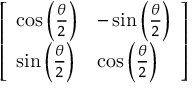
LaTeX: \left[ \begin{array} { l l } { \cos \left( { \frac { \theta } { 2 } } \right) } & { - \sin \left( { \frac { \theta } { 2 } } \right) } \\ { \sin \left( { \frac { \theta } { 2 } } \right) } & { \cos \left( { \frac { \theta } { 2 } } \right) } \end{array} \right]